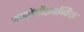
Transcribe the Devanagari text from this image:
मनोवौज्ञानिक